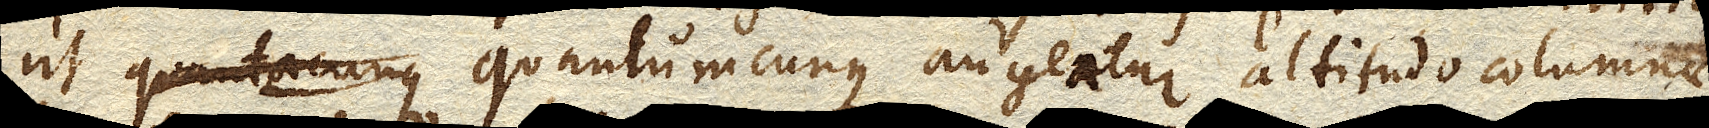
ut quantumcunque augeatur altitudo columnae,